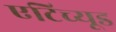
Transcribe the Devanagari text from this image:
एटिच्यूड